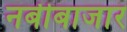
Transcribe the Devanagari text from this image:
नबीबाजार